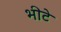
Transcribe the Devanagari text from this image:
भीटे